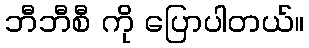
ဘီဘီစီ ကို ပြောပါတယ်။